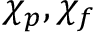
\chi _ { p } , \chi _ { f }